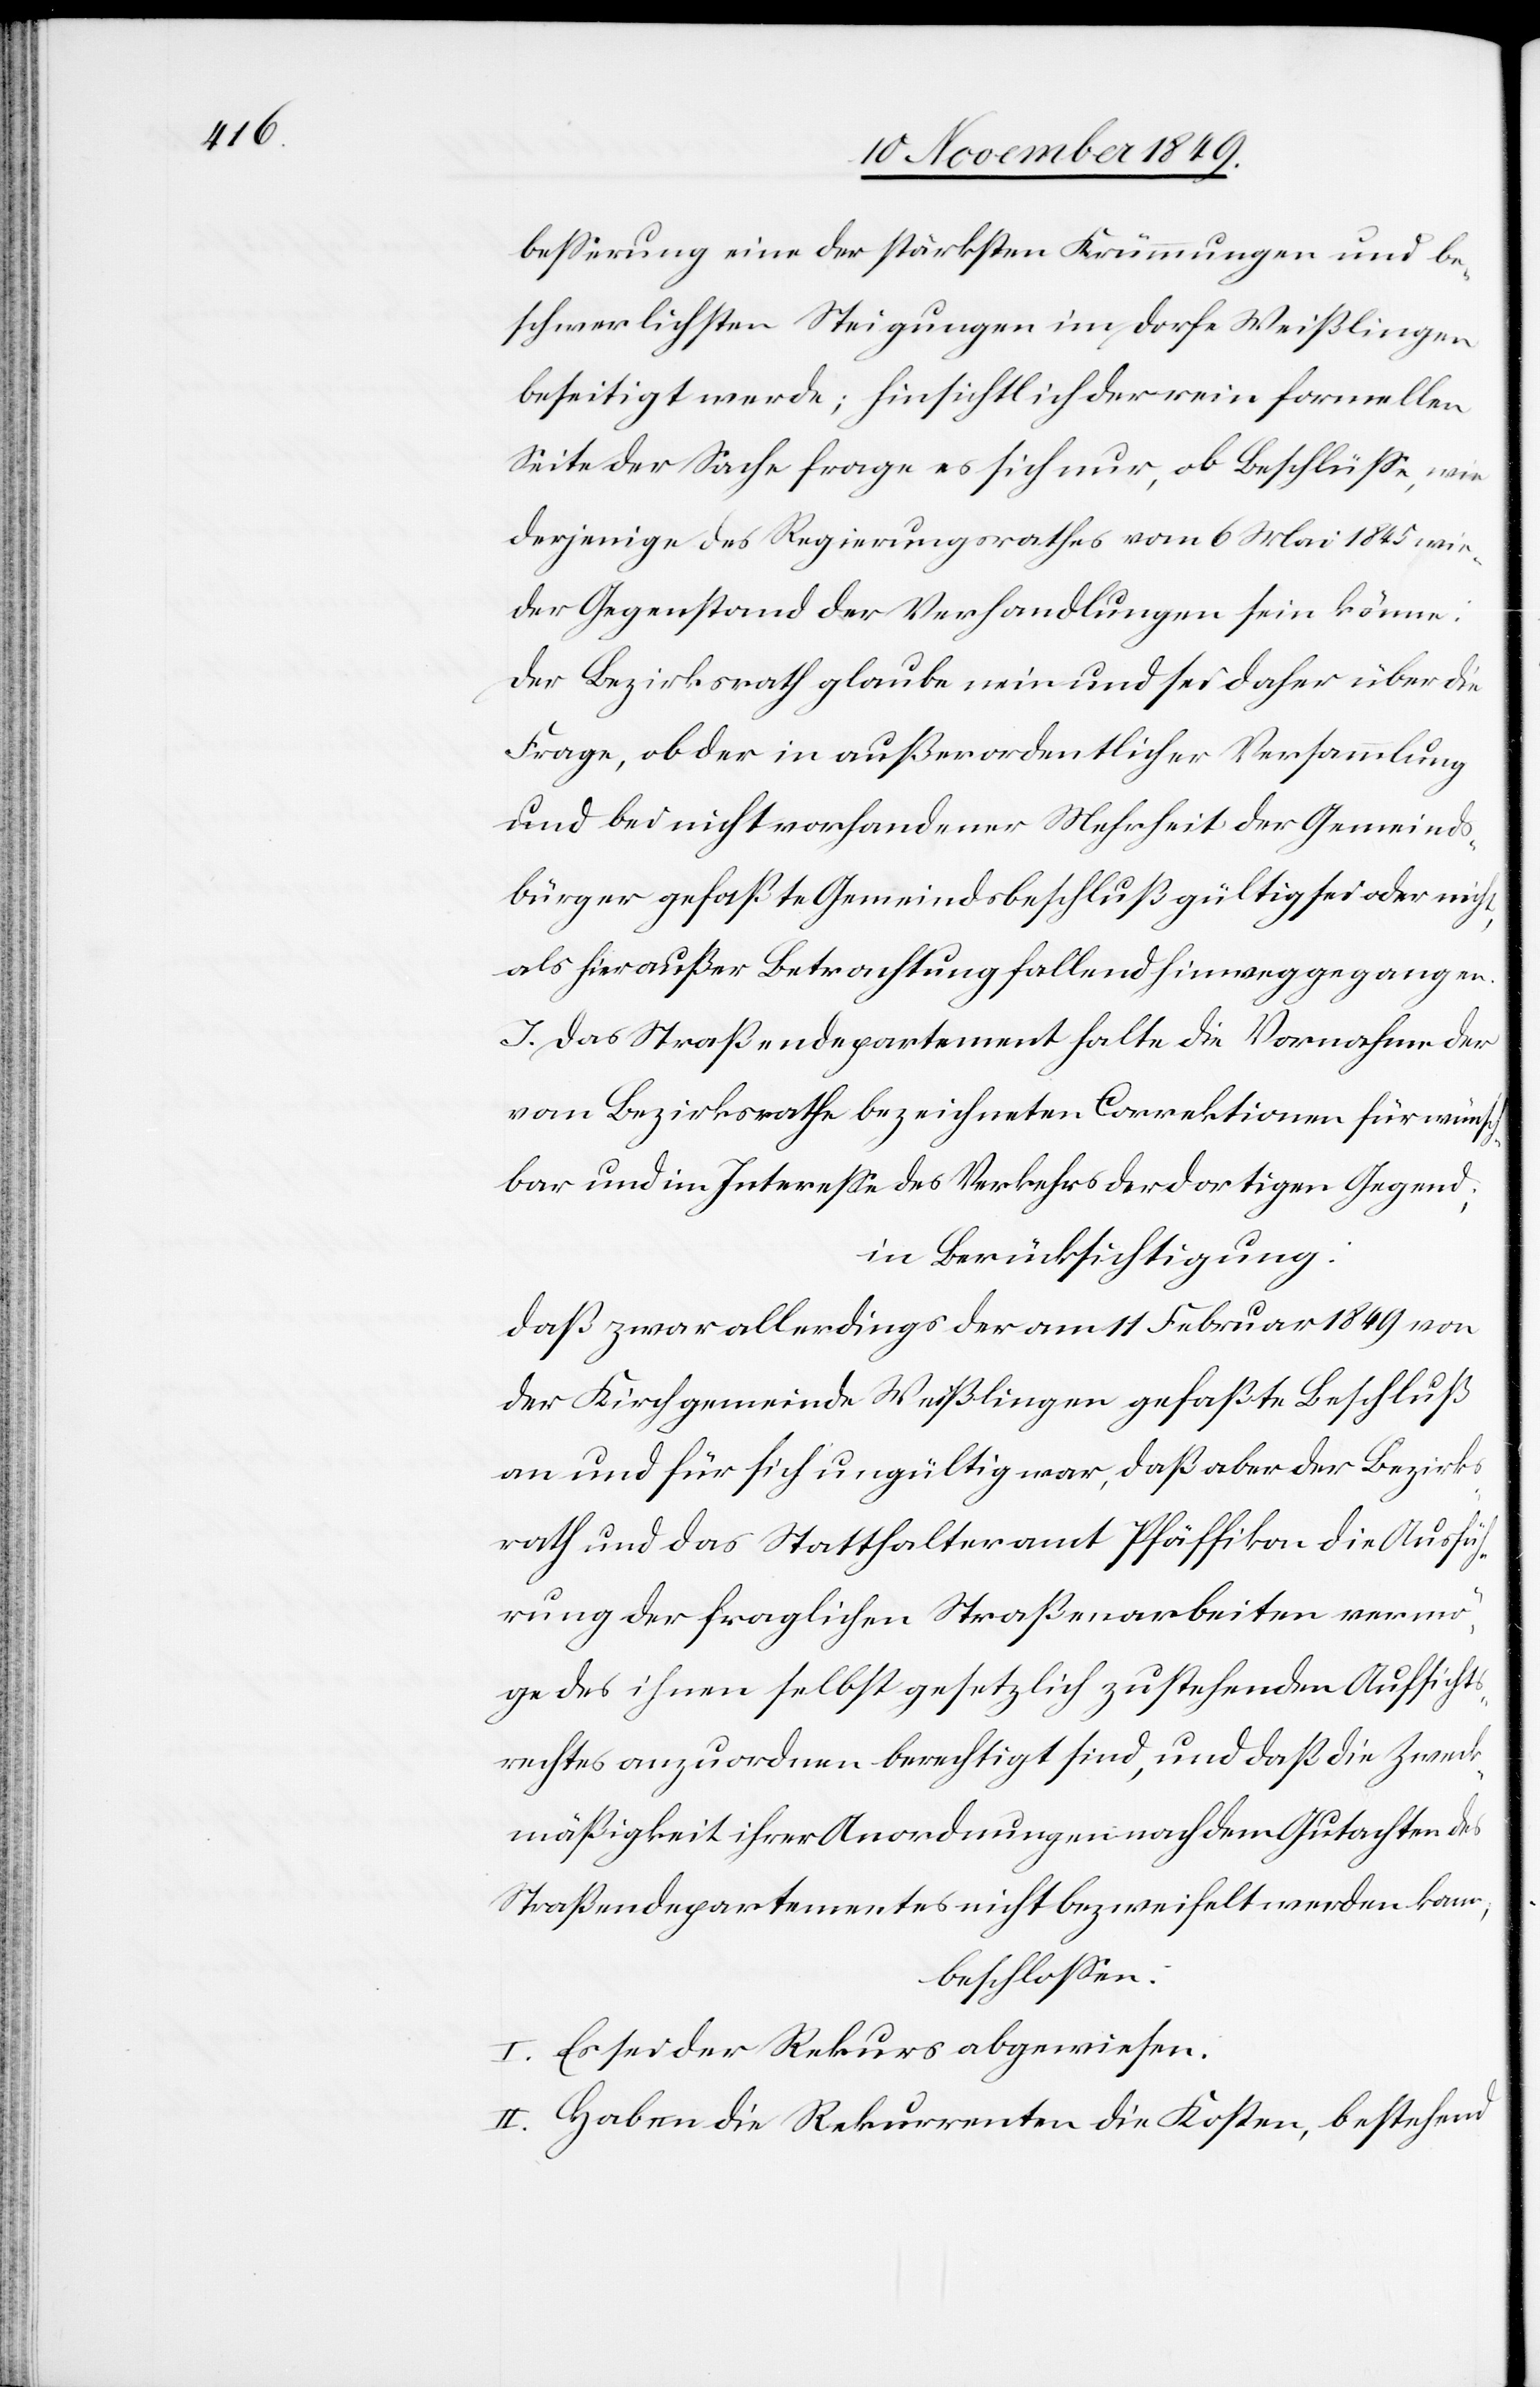
beßerung eine der stärksten Krümmungen und be¬
schwerlichsten Steigungen im Dorfe Weißlingen
beseitigt werde; hinsichtlich der rein formellen
Seite der Sache frage es sich nur, ob Beschlüße, wie
derjenige des Regierungsrathes vom 6 Mai 1845 wie¬
der Gegenstand der Verhandlungen sein könne:
Der Bezirksrath glaube nein und sei daher über die
Frage, ob der in außerordentlicher Versammlung
und bei nicht vorhandener Mehrheit der Gemeinds¬
bürger gefaßte Gemeindsbeschluß gültig sei oder nicht,
als hier außer Betrachtung fallend hinweggegangen.
J. Das Straßendepartement halte die Vornahme der
vom Bezirksrathe bezeichneten Correktionen für wünsch¬
bar und im Intereße des Verkehrs der dortigen Gegend;
in Berücksichtigung:
daß zwar allerdings der am 11 Februar 1849 von
der Kirchgemeinde Weißlingen gefaßte Beschluß
an und für sich ungültig war, daß aber der Bezirks¬
rath und das Statthalteramt Pfäffikon die Ausfüh¬
rung der fraglichen Straßenarbeiten vermö¬
ge des ihnen selbst gesetzlich zustehenden Aufsicht¬
srechtes anzuordnen berechtigt sind, und daß die Zweck¬
mäßigkeit ihrer Anordnungen nach dem Gutachten des
Straßendepartementes nicht bezweifelt werden kann;
beschloßen:
I. Es sei der Rekurs abgewiesen.
II. Haben die Rekurrenten die Kosten, bestehend